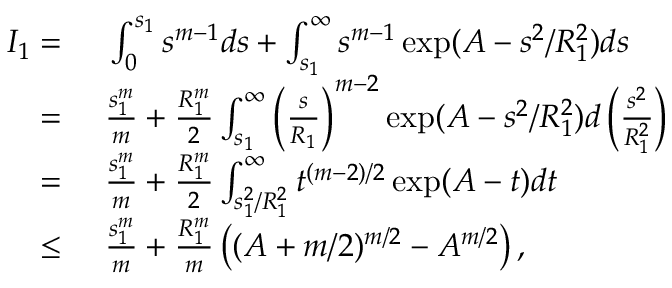
\begin{array} { r l } { I _ { 1 } = } & { { } ~ \int _ { 0 } ^ { s _ { 1 } } s ^ { m - 1 } d s + \int _ { s _ { 1 } } ^ { \infty } s ^ { m - 1 } \exp ( A - s ^ { 2 } / R _ { 1 } ^ { 2 } ) d s } \\ { = } & { { } ~ \frac { s _ { 1 } ^ { m } } { m } + \frac { R _ { 1 } ^ { m } } { 2 } \int _ { s _ { 1 } } ^ { \infty } \left( \frac { s } { R _ { 1 } } \right) ^ { m - 2 } \exp ( A - s ^ { 2 } / R _ { 1 } ^ { 2 } ) d \left( \frac { s ^ { 2 } } { R _ { 1 } ^ { 2 } } \right) } \\ { = } & { { } ~ \frac { s _ { 1 } ^ { m } } { m } + \frac { R _ { 1 } ^ { m } } { 2 } \int _ { s _ { 1 } ^ { 2 } / R _ { 1 } ^ { 2 } } ^ { \infty } t ^ { ( m - 2 ) / 2 } \exp ( A - t ) d t } \\ { \leq } & { { } ~ \frac { s _ { 1 } ^ { m } } { m } + \frac { R _ { 1 } ^ { m } } { m } \left( ( A + m / 2 ) ^ { m / 2 } - A ^ { m / 2 } \right) , } \end{array}